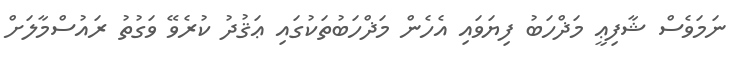
ނަމަވެސް ޝާފިޢީ މަޛްހަބު ފިޔަވައި އެހެން މަޛްހަބުތަކުގައި ޢަޤުދު ކުރެވޭ ވަގުތު ރައުސްމާލަށް